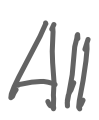
Text: All
Cross-out: clean
Writing tool: digital_gray